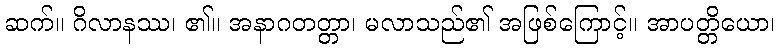
ဆက်။ ဂိလာနဿ၊ ၏။ အနာဂတတ္တာ၊ မလာသည်၏ အဖြစ်ကြောင့်။ အာပတ္တိယော၊